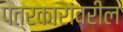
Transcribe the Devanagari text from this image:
पत्रकारांवरील